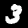
Label: 3